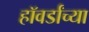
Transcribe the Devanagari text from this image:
हॉवर्डांच्या